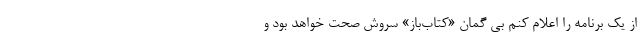
از یک برنامه را اعلام کنم بی گمان «کتاب‌باز» سروش صحت خواهد بود و